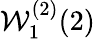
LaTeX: {\mathcal{W}}_{1}^{(2)}(2)